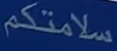
سلامتكم